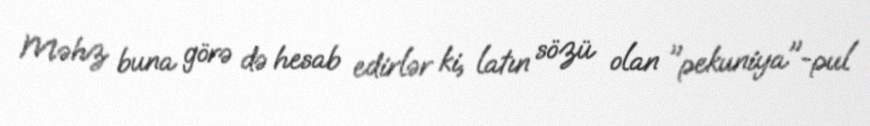
Məhz buna görə də hesab edirlər ki, latın sözü olan "pekuniya"-pul